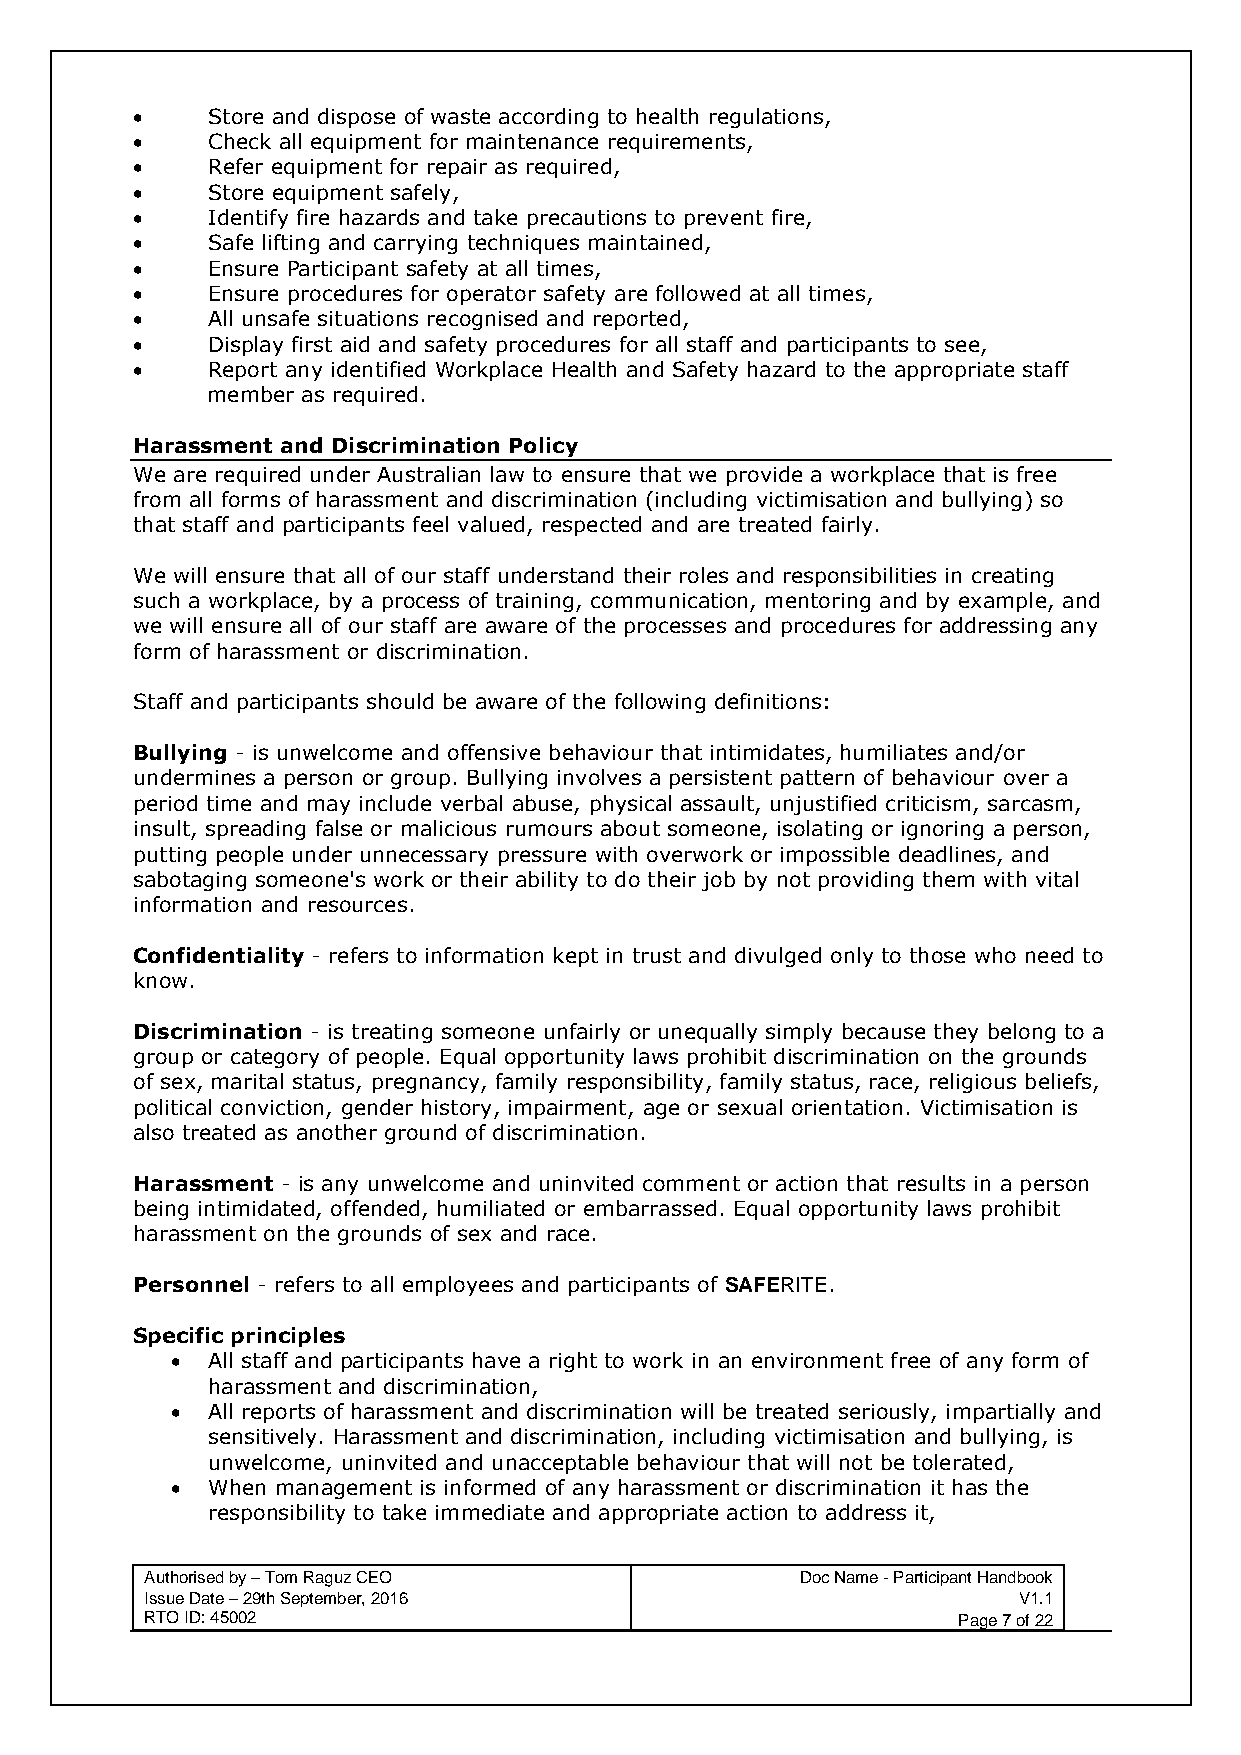
•    Store and dispose of waste according to health regulations,
 •    Check all equipment for maintenance requirements,
 •    Refer equipment for repair as required,
 •    Store equipment safely,
 •    Identify fire hazards and take precautions to prevent fire,
 •    Safe lifting and carrying techniques maintained,
 •    Ensure Participant safety at all times,
 •    Ensure procedures for operator safety are followed at all times,
 •    All unsafe situations recognised and reported,
 •    Display first aid and safety procedures for all staff and participants to see,
 •    Report any identified Workplace Health and Safety hazard to the appropriate staff
 member as required.
 Harassment and Discrimination Policy
 We are required under Australian law to ensure that we provide a workplace that is free
 from all forms of harassment and discrimination (including victimisation and bullying) so
 that staff and participants feel valued, respected and are treated fairly.
 We will ensure that all of our staff understand their roles and responsibilities in creating
 such a workplace, by a process of training, communication, mentoring and by example, and
 we will ensure all of our staff are aware of the processes and procedures for addressing any
 form of harassment or discrimination.
 Staff and participants should be aware of the following definitions:
 Bullying - is unwelcome and offensive behaviour that intimidates, humiliates and/or
 undermines a person or group. Bullying involves a persistent pattern of behaviour over a
 period time and may include verbal abuse, physical assault, unjustified criticism, sarcasm,
 insult, spreading false or malicious rumours about someone, isolating or ignoring a person,
 putting people under unnecessary pressure with overwork or impossible deadlines, and
 sabotaging someone's work or their ability to do their job by not providing them with vital
 information and resources.
 Confidentiality - refers to information kept in trust and divulged only to those who need to
 know.
 Discrimination - is treating someone unfairly or unequally simply because they belong to a
 group or category of people. Equal opportunity laws prohibit discrimination on the grounds
 of sex, marital status, pregnancy, family responsibility, family status, race, religious beliefs,
 political conviction, gender history, impairment, age or sexual orientation. Victimisation is
 also treated as another ground of discrimination.
 Harassment - is any unwelcome and uninvited comment or action that results in a person
 being intimidated, offended, humiliated or embarrassed. Equal opportunity laws prohibit
 harassment on the grounds of sex and race.
 Personnel - refers to all employees and participants of SAFERITE.
 Specific principles
 •  All staff and participants have a right to work in an environment free of any form of
 harassment and discrimination,
 •  All reports of harassment and discrimination will be treated seriously, impartially and
 sensitively. Harassment and discrimination, including victimisation and bullying, is
 unwelcome, uninvited and unacceptable behaviour that will not be tolerated,
 •  When management is informed of any harassment or discrimination it has the
 responsibility to take immediate and appropriate action to address it,
 Authorised by – Tom Raguz CEO              Doc Name - Participant Handbook
 Issue Date – 29th September, 2016                        V1.1
 RTO ID: 45002                                        Page 7 of 22